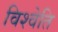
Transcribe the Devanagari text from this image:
विश्वेति